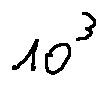
1 0 ^ { 3 }